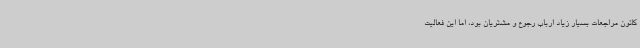
کانون مراجعات بسیار زیاد ارباب رجوع و مشتریان بود، اما این فعالیت